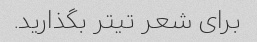
برای شعر تیتر بگذارید.